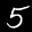
Label: 5